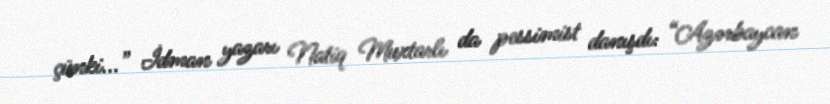
çünki...” İdman yazarı Natiq Muxtarlı da pessimist danışdı: “Azərbaycan